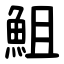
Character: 䱉